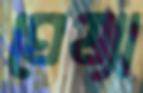
ঘেষ্যা